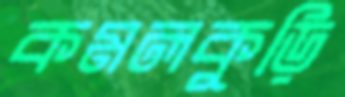
কমলকুড়ি